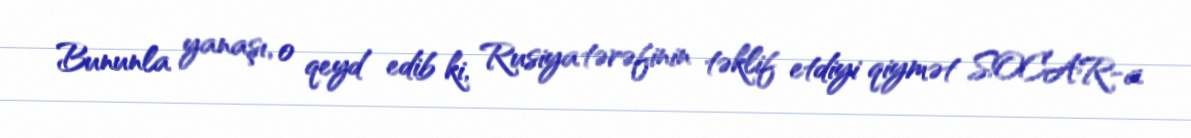
Bununla yanaşı, o qeyd edib ki, Rusiya tərəfinin təklif etdiyi qiymət SOCAR-a